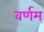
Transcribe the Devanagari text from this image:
वर्णम्